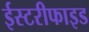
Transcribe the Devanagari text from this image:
ईस्टरीफाइड